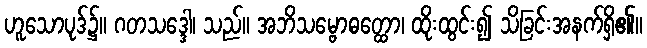
ဟူသောပုဒ်၌။ ဂတသဒ္ဒေါ၊ သည်။ အဘိသမ္ဗောဓတ္ထော၊ ထိုးထွင်း၍ သိခြင်းအနက်ရှိ၏။